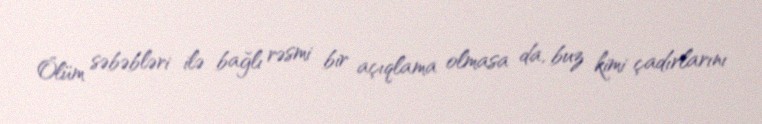
Ölüm səbəbləri ilə bağlı rəsmi bir açıqlama olmasa da, buz kimi çadırlarını